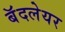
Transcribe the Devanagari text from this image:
बॅदलेयर